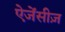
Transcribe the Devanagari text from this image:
ऐजेंसीज़